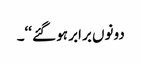
دونوں برابر ہو گئے‘‘۔